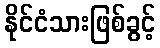
နိုင်ငံသားဖြစ်ခွင့်